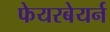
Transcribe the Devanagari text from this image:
फेयरबेयर्न